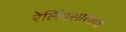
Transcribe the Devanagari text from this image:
रेलिंगसारख्या